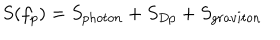
LaTeX: S ( f _ { p } ) = S _ { p h o t o n } + S _ { D p } + S _ { g r a v i t o n }